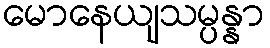
မောနေယျသမ္ပန္နာ